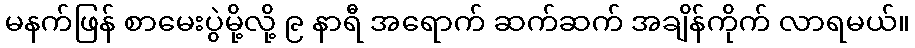
မနက်ဖြန် စာမေးပွဲမို့လို့ ၉ နာရီ အရောက် ဆက်ဆက် အချိန်ကိုက် လာရမယ်။